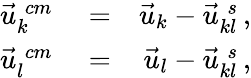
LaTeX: \begin{array}{rlr}{\vec{u}_{k}^{\; cm}}&{{}=}&{\vec{u}_{k}-\vec{u}_{kl}^{\; s}\, ,}\\ {\vec{u}_{l}^{\; cm}}&{{}=}&{\vec{u}_{l}-\vec{u}_{kl}^{\; s}\, ,}\end{array}